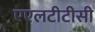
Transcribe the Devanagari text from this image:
एएलटीटीसी